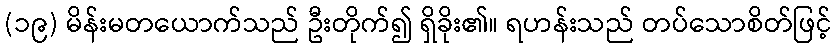
(၁၉) မိန်းမတယောက်သည် ဦးတိုက်၍ ရှိခိုး၏။ ရဟန်းသည် တပ်သောစိတ်ဖြင့်